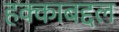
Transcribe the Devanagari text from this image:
हक्काबद्दल